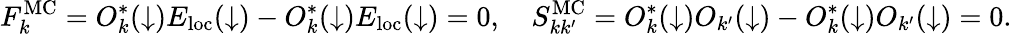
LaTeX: F_{k}^{\mathrm{MC}}=O_{k}^{*}(\downarrow)E_{\mathrm{loc}}(\downarrow)-O_{k}^{*}(\downarrow)E_{\mathrm{loc}}(\downarrow)=0,\quad S_{kk^{\prime}}^{\mathrm{MC}}=O_{k}^{*}(\downarrow)O_{k^{\prime}}(\downarrow)-O_{k}^{*}(\downarrow)O_{k^{\prime}}(\downarrow)=0.